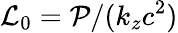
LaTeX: {\cal L}_{0}={\cal P}/(k_{z}c^{2})